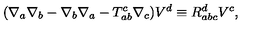
( \nabla _ { a } \nabla _ { b } - \nabla _ { b } \nabla _ { a } - T _ { a b } ^ { c } \nabla _ { c } ) V ^ { d } \equiv R _ { a b c } ^ { d } V ^ { c } ,